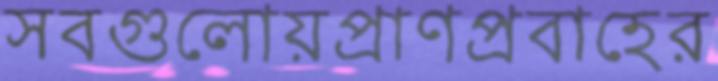
সবগুলোয়প্রাণপ্রবাহের